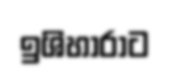
ඉශිහාරාට